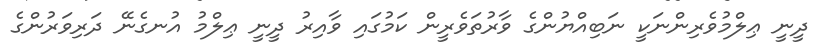
ދީނީ ޢިލްމުވެރިންނަކީ ނަބިއްޔުންގެ ވާރުތަވެރީން ކަމުގައި ވާއިރު ދީނީ ޢިލްމު އުނގެނޭ ދަރިވަރުންގެ